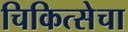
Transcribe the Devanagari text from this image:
चिकित्सेचा